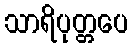
သာရိပုတ္တပေ